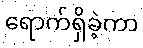
ရောက်ရှိခဲ့ကာ